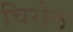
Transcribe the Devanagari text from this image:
चिरोल